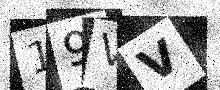
Text: 19VV